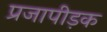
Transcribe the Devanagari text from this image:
प्रजापीड़क